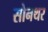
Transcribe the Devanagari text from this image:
सोनथर